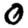
Digit: 0